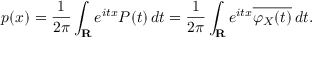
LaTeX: p ( x ) = { \frac { 1 } { 2 \pi } } \int _ { \mathbf { R } } e ^ { i t x } P ( t ) \, d t = { \frac { 1 } { 2 \pi } } \int _ { \mathbf { R } } e ^ { i t x } { \overline { { \varphi _ { X } ( t ) } } } \, d t .